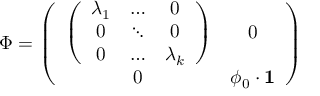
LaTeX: \Phi = \left( \begin{array} { c c } { { \left( \begin{array} { c c c } { { \lambda _ { 1 } } } & { { \dots } } & { { 0 } } \\ { { 0 } } & { { \ddots } } & { { 0 } } \\ { { 0 } } & { { \dots } } & { { \lambda _ { k } } } \end{array} \right) } } & { { 0 } } \\ { { 0 } } & { { \phi _ { 0 } \cdot { \bf 1 } } } \end{array} \right)